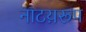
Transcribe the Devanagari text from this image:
नाटय़रूप